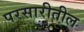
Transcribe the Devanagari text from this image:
परसारीतील